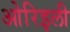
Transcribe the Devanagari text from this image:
ओरिइली